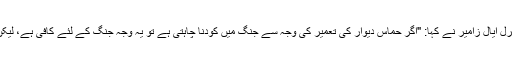
جنوبی فوجی خطے کے کمانڈر جنرل ایال زامیر نے کہا: "اگر حماس دیوار کی تعمیر کی وجہ سے جنگ میں کودنا چاہتی ہے تو یہ وجہ جنگ کے لئے کافی ہے، لیکن دیوار کی تعمیر ہو کر رہے گی”۔